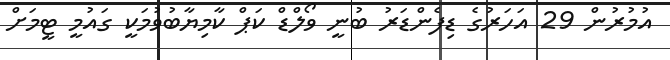
އުމުރުން 29 އަހަރުގެ ޑިފެންޑަރު ބުނީ ވޯލްޑް ކަޕް ކާމިޔާބުވުމަކީ ގައުމީ ޓީމަށް